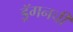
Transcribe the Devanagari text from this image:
ड्रॅगनची